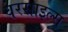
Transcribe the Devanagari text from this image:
वरसाइल्स